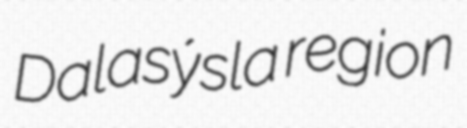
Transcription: Dalasýsla region